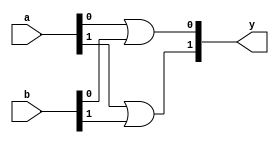
`timescale 1ns / 1ps
/////////////////////////////////////////////////////////////////
// Module Name: xup_or_vector
/////////////////////////////////////////////////////////////////
module xup_or_vector #(parameter SIZE=2, DELAY=3)(
    input [SIZE-1:0] a,
    input [SIZE-1:0] b,
    output [SIZE-1:0] y
    );

   genvar i;
    generate
       for (i=0; i < SIZE; i=i+1) 
       begin: or_i
          or #DELAY(y[i], a[i], b[i]);
       end
    endgenerate

endmodule